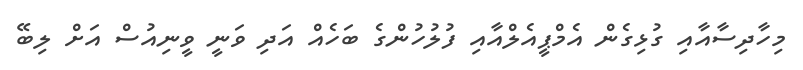
މިހާދިސާއާއި ގުޅިގެން އެމްޕީއެލްއާއި ފުލުހުންގެ ބަހެއް އަދި ވަނީ ވީނިއުސް އަށް ލިބޭ